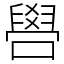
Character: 𠿟